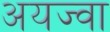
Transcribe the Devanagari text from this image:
अयज्वा